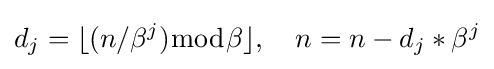
d_{j}=\lfloor (n/\beta ^{j}){\bmod {\beta }}\rfloor ,\quad n=n-d_{j}*\beta ^{j}